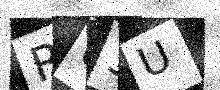
Text: RU3U